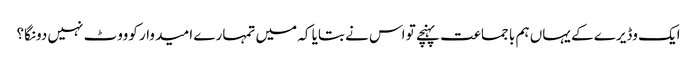
ایک وڈیرے کے یہاں ہم با جماعت پہنچے تو اس نے بتایا کہ میں تمہارے ا مید وار کوووٹ نہیں دونگا؟